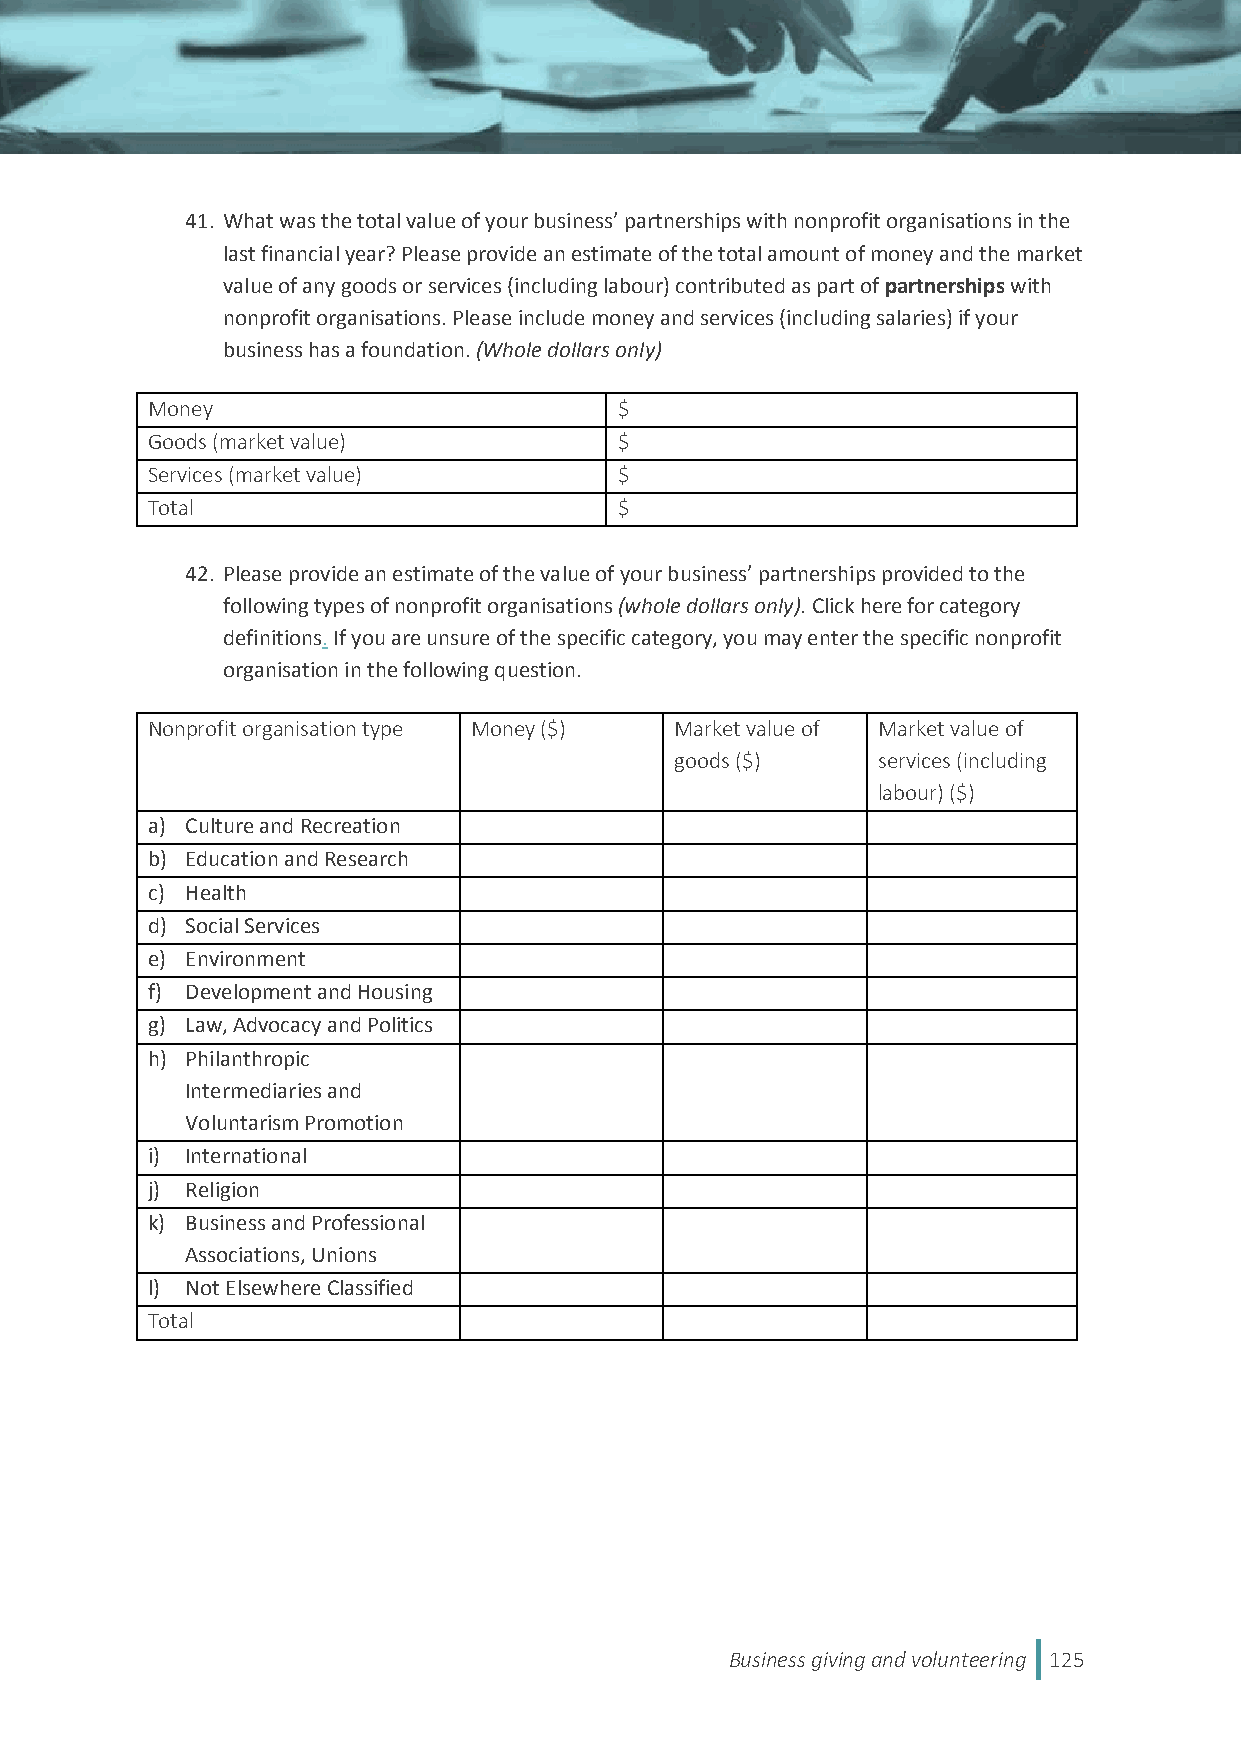
41. What was the total value of your business’ partnerships with nonprofit organisations in the
 last financial year? Please provide an estimate of the total amount of money and the market
 value of any goods or services (including labour) contributed as part of partnerships with
 nonprofit organisations. Please include money and services (including salaries) if your
 business has a foundation. (Whole dollars only)
 Money                          $
 Goods (market value)           $
 Services (market value)        $
 Total                          $
 42. Please provide an estimate of the value of your business’ partnerships provided to the
 following types of nonprofit organisations (whole dollars only). Click here for category
 definitions. If you are unsure of the specific category, you may enter the specific nonprofit
 organisation in the following question.
 Nonprofit organisation type Money ($) Market value of Market value of
 goods ($)    services (including
 labour) ($)
 a) Culture and Recreation
 b) Education and Research
 c) Health
 d) Social Services
 e) Environment
 f) Development and Housing
 g) Law, Advocacy and Politics
 h) Philanthropic
 Intermediaries and
 Voluntarism Promotion
 i) International
 j) Religion
 k) Business and Professional
 Associations, Unions
 l) Not Elsewhere Classified
 Total
 Business giving and volunteering 125